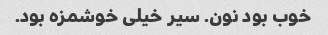
خوب بود نون. سیر خیلی خوشمزه بود.